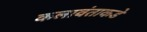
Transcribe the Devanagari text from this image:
कलावंताकडे